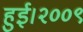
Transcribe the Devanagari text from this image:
हुई।२००९